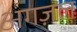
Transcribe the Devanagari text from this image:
अगज़ल